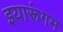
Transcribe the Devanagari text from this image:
इयारूंगम